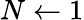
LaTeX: N\gets 1